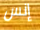
إنس